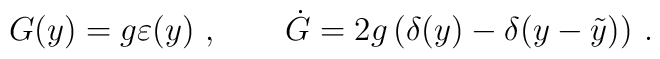
G(y) = g \varepsilon (y)\ , \qquad  \dot G = 2g\left( \delta (y)-\delta (y-\tilde y )\right)\,.